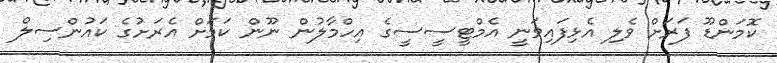
ކޮމަންޑޫ ފަރަށް ވެލި އެޅިފައިވަނީ އެމްޓީސީސީގެ އިހްމާލުން ނޫން ކަމަށް އެރަށުގެ ކައުންސިލް